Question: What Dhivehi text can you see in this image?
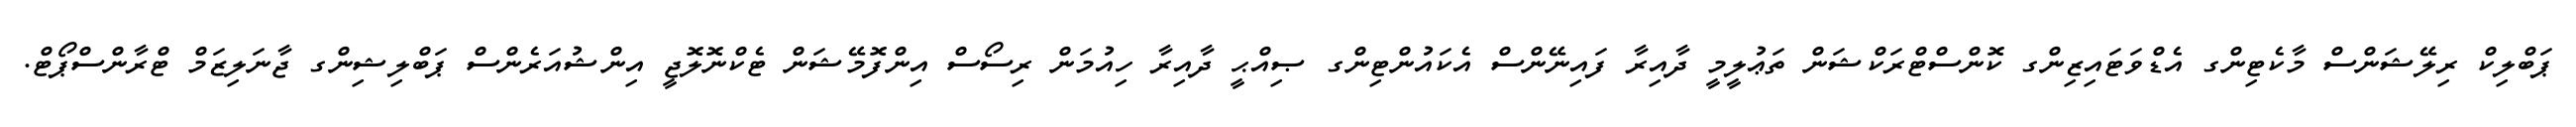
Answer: ޕަބްލިކް ރިލޭޝަންސް މާކެޓިންގ އެޑްވަޓައިޒިންގ ކޮންސްޓްރަކްޝަން ތަޢުލީމީ ދާއިރާ ފައިނޭންސް އެކައުންޓިންގ ޞިއްޙީ ދާއިރާ ހިއުމަން ރިސޯސް އިންފޮމޭޝަން ޓެކްނޮލޮޖީ އިންޝުއަރެންސް ޕަބްލިޝިންގ ޖާނަލިޒަމް ޓްރާންސްޕޯޓް.